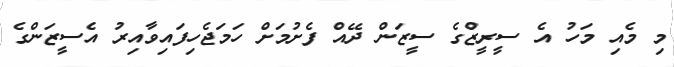
މި މެއި މަހު އެ ސީރީޒްގެ ސީޒަން ދޭއް ފެށުމަށް ހަމަޖެހިފައިވާއިރު އެސީޒަންގެ